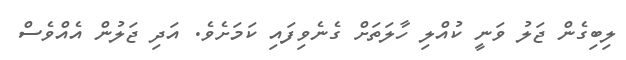
ލިބިގެން ޖަލު ވަނީ ކުއްލި ހާލަތަށް ގެނެވިފައި ކަމަށެވެ. އަދި ޖަލުން އެއްވެސް